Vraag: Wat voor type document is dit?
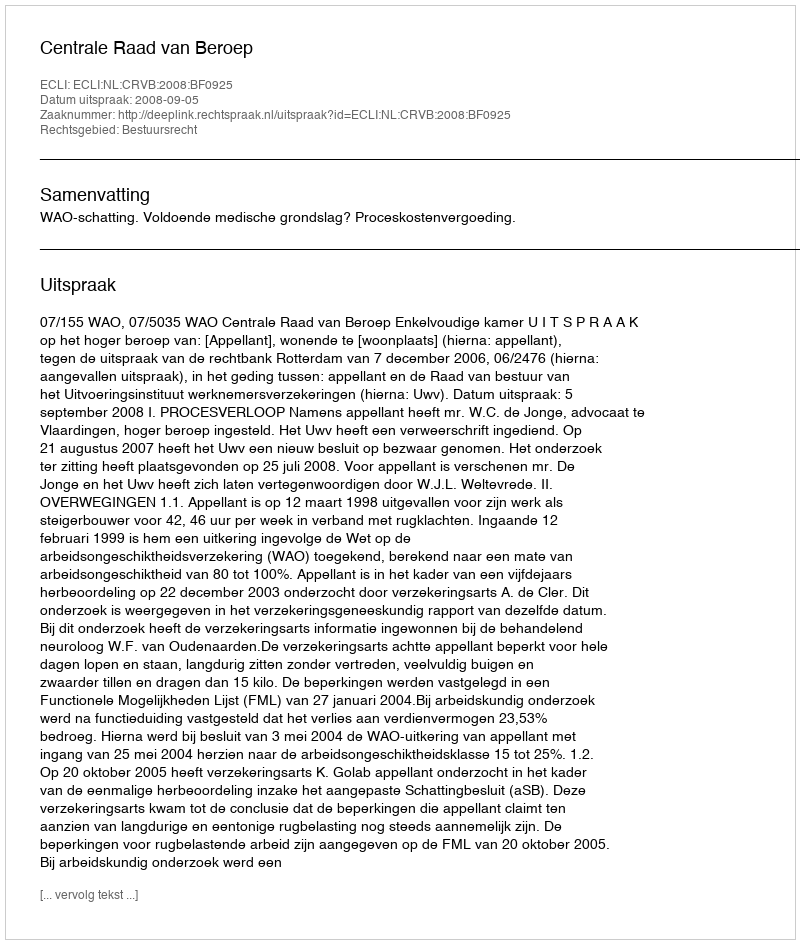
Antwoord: Uitspraak